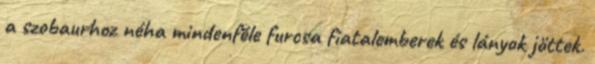
a szobaurhoz néha mindenféle furcsa fiatalemberek és lányok jöttek.